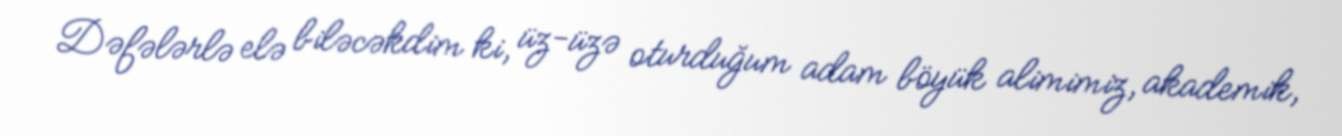
Dəfələrlə elə biləcəkdim ki, üz-üzə oturduğum adam böyük alimimiz, akademik,